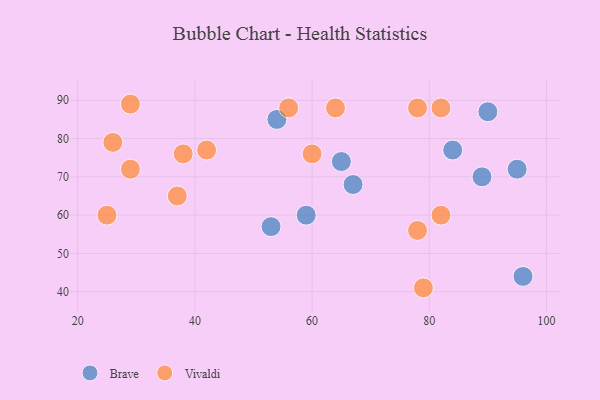
{"axis": {"x": "GDP", "y": "Life Expectancy"}, "legend": ["Brave", "Vivaldi"], "data": [{"x": "96", "y": 44, "type": "Brave"}, {"x": "95", "y": 72, "type": "Brave"}, {"x": "59", "y": 60, "type": "Brave"}, {"x": "67", "y": 68, "type": "Brave"}, {"x": "53", "y": 57, "type": "Brave"}, {"x": "54", "y": 85, "type": "Brave"}, {"x": "89", "y": 70, "type": "Brave"}, {"x": "84", "y": 77, "type": "Brave"}, {"x": "90", "y": 87, "type": "Brave"}, {"x": "65", "y": 74, "type": "Brave"}, {"x": "29", "y": 89, "type": "Vivaldi"}, {"x": "82", "y": 88, "type": "Vivaldi"}, {"x": "78", "y": 88, "type": "Vivaldi"}, {"x": "37", "y": 65, "type": "Vivaldi"}, {"x": "29", "y": 72, "type": "Vivaldi"}, {"x": "64", "y": 88, "type": "Vivaldi"}, {"x": "82", "y": 60, "type": "Vivaldi"}, {"x": "26", "y": 79, "type": "Vivaldi"}, {"x": "38", "y": 76, "type": "Vivaldi"}, {"x": "42", "y": 77, "type": "Vivaldi"}, {"x": "60", "y": 76, "type": "Vivaldi"}, {"x": "25", "y": 60, "type": "Vivaldi"}, {"x": "56", "y": 88, "type": "Vivaldi"}, {"x": "78", "y": 56, "type": "Vivaldi"}, {"x": "79", "y": 41, "type": "Vivaldi"}]}